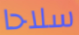
سلاحا